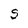
Character: S